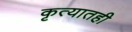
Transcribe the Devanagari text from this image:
कृत्यातही